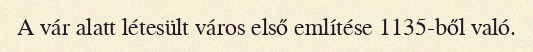
A vár alatt létesült város első említése 1135-ből való.